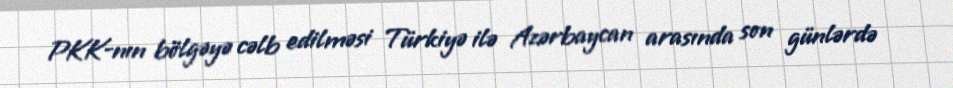
PKK-nın bölgəyə cəlb edilməsi Türkiyə ilə Azərbaycan arasında son günlərdə